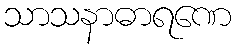
သာသနာဓာရဏေ